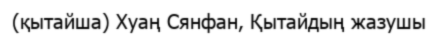
(қытайша) Хуаң Сянфан, Қытайдың жазушы